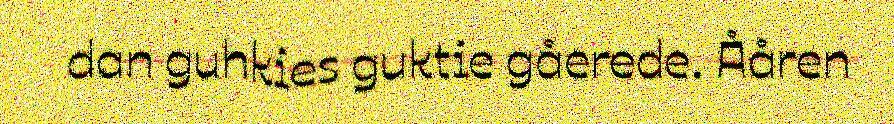
dan guhkies guktie gåerede. Ååren